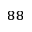
^ { 8 8 }